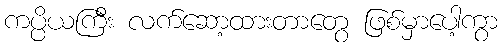
ကပ္ပိယကြီး လက်ဆော့ထားတာတွေ ဖြစ်မှာပေါ့ကွာ